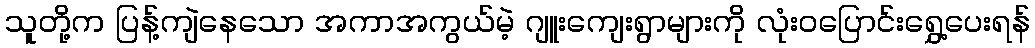
သူတို့က ပြန့်ကျဲနေသော အကာအကွယ်မဲ့ ဂျူးကျေးရွာများကို လုံးဝပြောင်းရွှေ့ပေးရန်